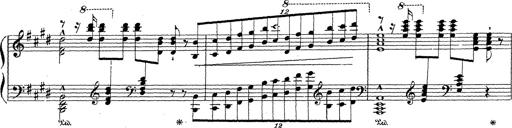
Title: Grosses Konzertsolo
Composer: Franz Liszt